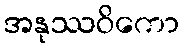
အနုဿဝိကော